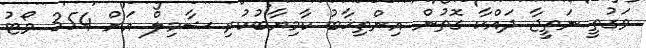
ވަގުތީ ނަތީޖާ ދައްކާ ގޮތުން އިންތިޚާބު ކާމިޔާބުކުރި ޝާމިލް އަށް 354 ވޯޓު